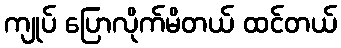
ကျုပ် ပြောလိုက်မိတယ် ထင်တယ်